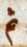
ثم